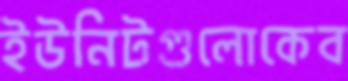
ইউনিটগুলোকেব